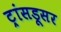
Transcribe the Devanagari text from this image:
ट्रांसडूसर